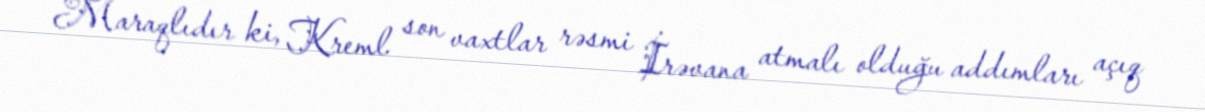
Maraqlıdır ki, Kreml son vaxtlar rəsmi İrəvana atmalı olduğu addımları açıq